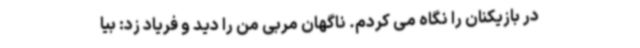
در بازیکنان را نگاه می کردم. ناگهان مربی من را دید و فریاد زد: بیا